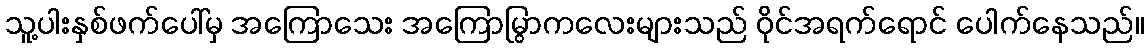
သူ့ပါးနှစ်ဖက်ပေါ်မှ အကြောသေး အကြောမြွာကလေးများသည် ဝိုင်အရက်ရောင် ပေါက်နေသည်။